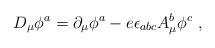
LaTeX: \begin{align*}D_\mu\phi^a=\partial_\mu\phi^a-e\epsilon_{abc}A_\mu^b\phi^c \ ,\end{align*}